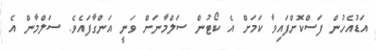
އަޑުއެހުން ފަސްކޮށްފައިވާ ކަމަށް އެ ކޯޓުން ސަލްމާނަށް ވަނީ އަންގާފައެވެ. ސަލްމާން އެ